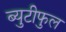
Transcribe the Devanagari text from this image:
ब्युटीफुल